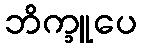
ဘိက္ခူပေ